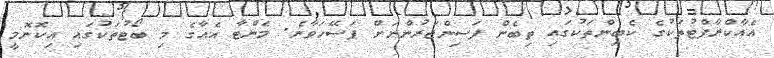
އެއާކްރާފްޓުތަކުގެ ކެބިންތަކުގައި ތިބެން ފަސިންޖަރުންނަށް ފަސޭހަވާނެ. މެންޓާ އެއާގެ މި ބޯޓުތަކުގައި އިކޮނޮމީ